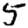
Digit: 5